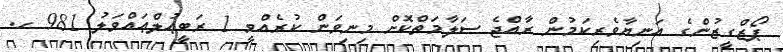
ޕޯޒްގީޒުންގެ އަނިޔާވެރިކަމުން ރާއްޖެ ސަލާމަތްކޮށް މިނިވަން ކުރެއްވީ 1 ރަބީޢުލްޢައްވަލު 981 ހ.